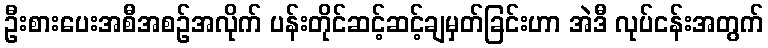
ဦးစားပေးအစီအစဉ်အလိုက် ပန်းတိုင်ဆင့်ဆင့်ချမှတ်ခြင်းဟာ အဲဒီ လုပ်ငန်းအတွက်